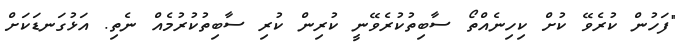
"ފަހުން ކުރެވޭ ކުށް ކިހިނެއްތޯ ސާބިތުކުރެވޭނީ ކުރިން ކުރި ސާބިތުކުރުމެއް ނެތި. އަޅުގަނޑަކަށް